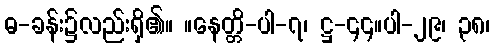
ဓ-ခန်း၌လည်းရှိ၏။ ။နေတ္တိ-ပါ-၇၊ ဋ္ဌ-၄၄။ပါ-၂၉၊ ၃၈၊